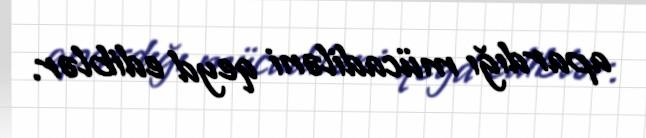
apardığı mücadiləni qeyd ediblər.